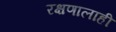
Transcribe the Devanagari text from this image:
रक्षणालाही